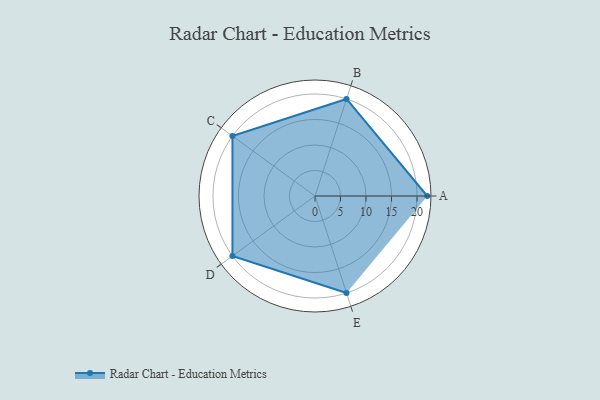
{"axis": {"x": "Skill", "y": "Score"}, "legend": ["Profile"], "data": [{"x": "A", "y": 22.0, "type": "Profile"}, {"x": "B", "y": 20, "type": "Profile"}, {"x": "C", "y": 20, "type": "Profile"}, {"x": "D", "y": 20, "type": "Profile"}, {"x": "E", "y": 20, "type": "Profile"}]}